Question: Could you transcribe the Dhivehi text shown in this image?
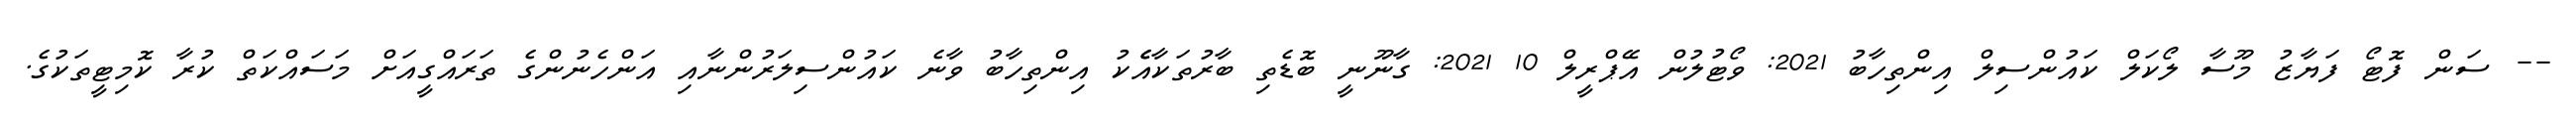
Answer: -- ސަން ފޮޓޯ ފަޔާޒު މޫސާ ލޯކަލް ކައުންސިލް އިންތިހާބު 2021: ވޯޓުލުން އޭޕްރީލް 10 2021: ގާނޫނީ ބޮޑެތި ބާރުތަކާއެެކު އިންތިހާބު ވާނެ ކައުންސިލަރުންނާއި އަންހެނުންގެ ތަރައްގީއަށް މަސައްކަތް ކުރާ ކޮމިޓީތަކުގެ.